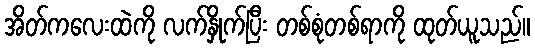
အိတ်ကလေးထဲကို လက်နှိုက်ပြီး တစ်စုံတစ်ရာကို ထုတ်ယူသည်။